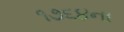
૧૭૬૪ના